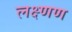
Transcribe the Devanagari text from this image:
लक्ष्णण